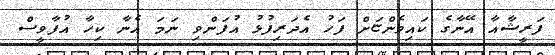
ފަރީޝާއާ އޭނާގެ ކައިވެންޏަށް ފަހު އެދަރިފުޅު އުފަންވި ނަމަ އެނާ ކިހާ އުފާވީސް